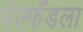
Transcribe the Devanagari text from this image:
गेल्फँडला